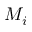
M _ { i }